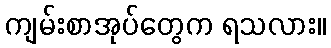
ကျမ်းစာအုပ်တွေက ရသလား။